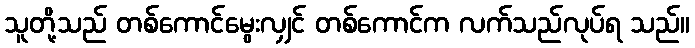
သူတို့သည် တစ်ကောင်မွေးလျှင် တစ်ကောင်က လက်သည်လုပ်ရ သည်။